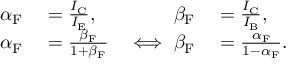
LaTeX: \begin{array} { r l r l } { \alpha _ { \mathrm { F } } } & { { } = { \frac { I _ { \mathrm { C } } } { I _ { \mathrm { E } } } } , } & { \beta _ { \mathrm { F } } } & { { } = { \frac { I _ { \mathrm { C } } } { I _ { \mathrm { B } } } } , } \\ { \alpha _ { \mathrm { F } } } & { { } = { \frac { \beta _ { \mathrm { F } } } { 1 + \beta _ { \mathrm { F } } } } } & { \iff \beta _ { \mathrm { F } } } & { { } = { \frac { \alpha _ { \mathrm { F } } } { 1 - \alpha _ { \mathrm { F } } } } . } \end{array}